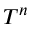
T ^ { n }